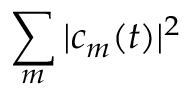
\sum _ { m } | c _ { m } ( t ) | ^ { 2 }